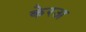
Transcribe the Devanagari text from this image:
केरअ